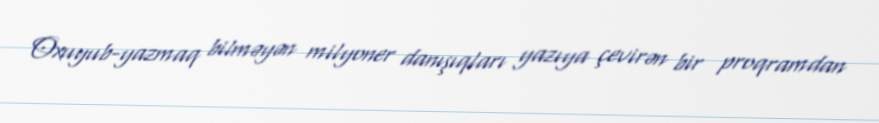
Oxuyub-yazmaq bilməyən milyoner danışıqları yazıya çevirən bir proqramdan